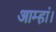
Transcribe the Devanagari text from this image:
आम्हां।